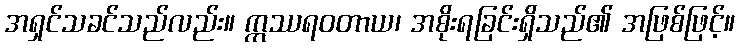
အရှင်သခင်သည်လည်း။ ဣဿရဝတာယ၊ အစိုးရခြင်းရှိသည်၏ အဖြစ်ဖြင့်။